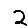
Digit: 2